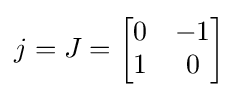
j=J={\begin{bmatrix}0&-1\\1&0\end{bmatrix}}